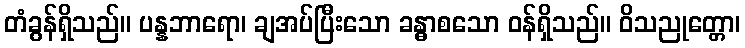
တံခွန်ရှိသည်။ ပန္နဘာရော၊ ချအပ်ပြီးသော ခန္ဓာစသော ဝန်ရှိသည်။ ဝိသညုတ္တော၊